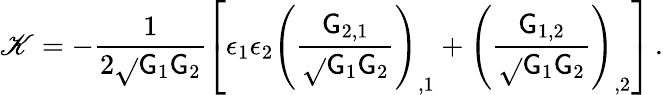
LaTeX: \mathscr{K}=-\frac{{1}}{{2\sqrt{}{{\mathsf{{G}}_{1}\mathsf{{G}}_{2}}}}}\left[\epsilon_{1}\epsilon_{2}\left(\frac{{\mathsf{{G}}_{2,1}}}{{\sqrt{}{{\mathsf{{G}}_{1}\mathsf{{G}}_{2}}}}}\right)_{,1}+\left(\frac{{\mathsf{{G}}_{1,2}}}{{\sqrt{}{{\mathsf{{G}}_{1}\mathsf{{G}}_{2}}}}}\right)_{,2}\right]\, .